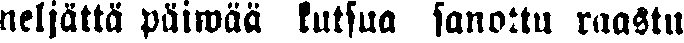
neljättä päiwää kutsua sanottu raastu